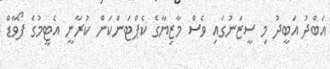
އަބްދު އަބީދު މި ސީޒަނުގައި ވެސް މާޒިޔާގެ ކެޕްޓަންކަން ކުރާނީ އެޓީމުގެ ފޯވާޑް